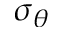
\sigma _ { \theta }